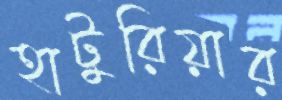
হাটুরিয়ার